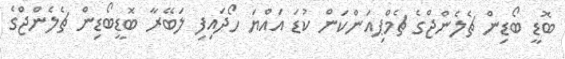
ބޮޑީ ބޯޑިން ޗެލެންޖްގެ ޗެމްޕިއަންކަން ކުޑަ އައްޔަ ހޯދައިފި ލަބޭރާ ބޮޑީބޯޑިން ޗެލެންޖްގެ